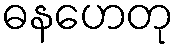
ဓနဟေတု